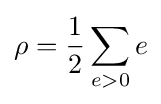
\rho ={\frac {1}{2}}\sum _{e>0}e